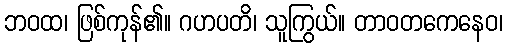
ဘဝထ၊ ဖြစ်ကုန်၏။ ဂဟပတိ၊ သူကြွယ်။ တာဝတကေနေဝ၊